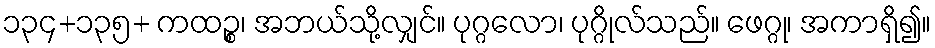
၁၃၄+၁၃၅+ ကထဉ္စ၊ အဘယ်သို့လျှင်။ ပုဂ္ဂလော၊ ပုဂ္ဂိုလ်သည်။ ဖေဂ္ဂု၊ အကာရှိ၍။